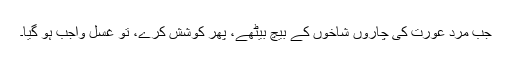
جب مرد عورت کی چاروں شاخوں کے بیچ بیٹھے، پھر کوشش کرے، تو غسل واجب ہو گیا۔